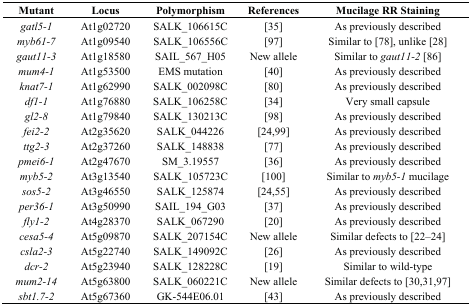
| Mutant | Locus | Polymorphism | References | Mucilage RR Staining |
 | --- | --- | --- | --- | --- |
 | gatl5-1 | At1g02720 | SALK_106615C | [35] | As previously described |
 | myb61-7 | At1g09540 | SALK_106556C | [97] | Similar to [78], unlike [28] |
 | gaut11-3 | At1g18580 | SAIL_567_H05 | New allele | Similar to gaut11-2 [86] |
 | mum4-1 | At1g53500 | EMS mutation | [40] | As previously described |
 | knat7-1 | At1g62990 | SALK_002098C | [80] | As previously described |
 | df1-1 | At1g76880 | SALK_106258C | [34] | Very small capsule |
 | gl2-8 | At1g79840 | SALK_130213C | [98] | As previously described |
 | fei2-2 | At2g35620 | SALK_044226 | [24,99] | As previously described |
 | ttg2-3 | At2g37260 | SALK_148838 | [77] | As previously described |
 | pmei6-1 | At2g47670 | SM_3.19557 | [36] | As previously described |
 | myb5-2 | At3g13540 | SALK_105723C | [100] | Similar to myb5-1 mucilage |
 | sos5-2 | At3g46550 | SALK_125874 | [24,55] | As previously described |
 | per36-1 | At3g50990 | SAIL_194_G03 | [37] | As previously described |
 | fly1-2 | At4g28370 | SALK_067290 | [20] | As previously described |
 | cesa5-4 | At5g09870 | SALK_207154C | New allele | Similar defects to [22,23,24] |
 | csla2-3 | At5g22740 | SALK_149092C | [26] | As previously described |
 | dcr-2 | At5g23940 | SALK_128228C | [19] | Similar to wild-type |
 | mum2-14 | At5g63800 | SALK_060221C | New allele | Similar defects to [30,31,97] |
 | sbt1.7-2 | At5g67360 | GK-544E06.01 | [43] | As previously described |